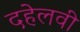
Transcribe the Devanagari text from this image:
दहेलवी